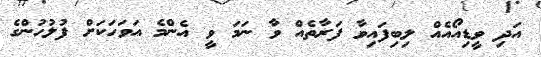
އަދި ވީޑިއޯއެއް ލިބިފައިވާ ފަރާތެއް ވާ ނަމަ ވީ އެންމެ އަވަހަކަށް ފުލުހުންގެ